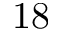
1 8